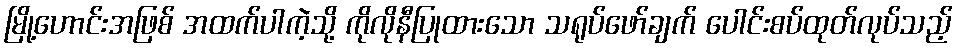
မြို့ဟောင်းအဖြစ် အထက်ပါကဲ့သို့ ကိုလိုနီပြုထားသော သရုပ်ဖော်ချက် ပေါင်းစပ်ထုတ်လုပ်သည့်